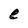
Character: e